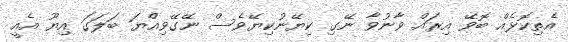
އެތިކޮޅެއް ބޮވޭ އިރައް ވާނުވާ ނޭގި ކިޔޭނުކިޔޭވެސް ނޭގޭވިއްޔަ ބަލަގަ އިޔޫ އެއީ